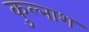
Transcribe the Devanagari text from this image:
कुल्नाश